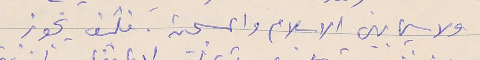
ولاسيما بين الاسلام والمسيحين. فكيف يجوز